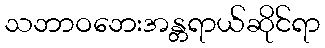
သဘာဝဘေးအန္တရာယ်ဆိုင်ရာ